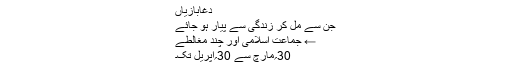
دغابازیاں
جن سے مل کر زندگی سے پیار ہو جائے
← جماعت اسلامی اور چند مغالطے
30؍مارچ سے 30؍اپریل تک۔